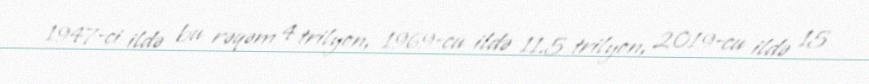
1947-ci ildə bu rəqəm 4 trilyon, 1969-cu ildə 11.5 trilyon, 2019-cu ildə 15